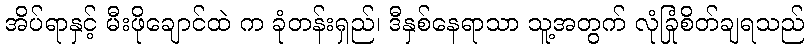
အိပ်ရာနှင့် မီးဖိုချောင်ထဲ က ခုံတန်းရှည်၊ ဒီနှစ်နေရာသာ သူ့အတွက် လုံခြုံစိတ်ချရသည်